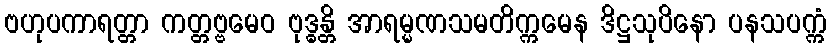
ဗဟုပကာရတ္တာ ကတ္တဗ္ဗမေဝ ဗုဒ္ဓန္တိ အာရမ္မဏသမတိက္ကမေန ဒိဋ္ဌသုပိနော ပနသပက္ကံ